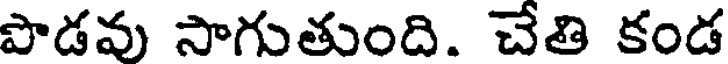
పొడవు సాగుతుంది. చేతి కండ